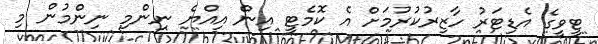
ޓީވީގެ އެޑިޓަރު ހާޒިރުކުރުމަށް އެ ކޮމެޓީ އިން އިއްޔެ ނިންމި ނިންމުން މި